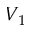
V _ { 1 }